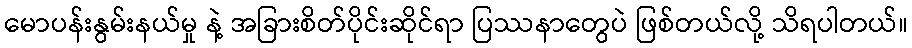
မောပန်းနွမ်းနယ်မှု နဲ့ အခြားစိတ်ပိုင်းဆိုင်ရာ ပြဿနာတွေပဲ ဖြစ်တယ်လို့ သိရပါတယ်။